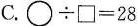
C.$$\circ \div \Box = 2 8$$